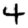
Digit: 4